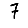
Digit: 7